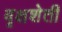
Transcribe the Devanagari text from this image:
वृक्षशेती